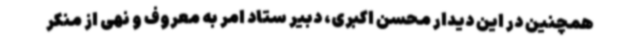
همچنین در این دیدار محسن اکبری، دبیر ستاد امر به معروف و نهی از منکر